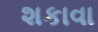
શકાવા